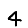
Digit: 4